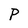
Character: P